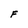
Character: F